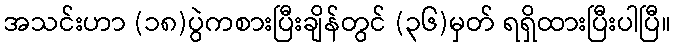
အသင်းဟာ (၁၈)ပွဲကစားပြီးချိန်တွင် (၃၆)မှတ် ရရှိထားပြီးပါပြီ။